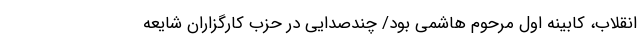
انقلاب، کابینه اول مرحوم هاشمی بود/ چندصدایی در حزب کارگزاران شایعه